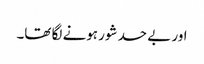
اور بے حد شور ہونے لگا تھا۔